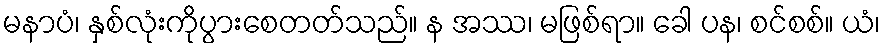
မနာပံ၊ နှစ်လုံးကိုပွားစေတတ်သည်။ န အဿ၊ မဖြစ်ရာ။ ခေါ ပန၊ စင်စစ်။ ယံ၊